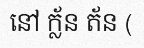
នៅ ក្ល័ន ត័ន (